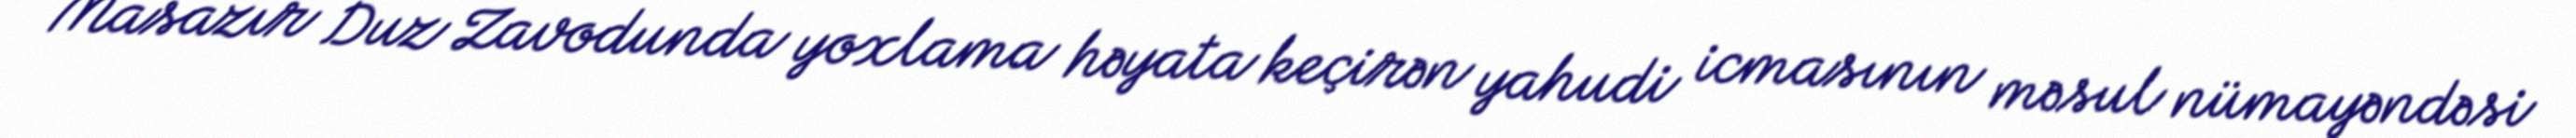
Masazır Duz Zavodunda yoxlama həyata keçirən yahudi icmasının məsul nümayəndəsi